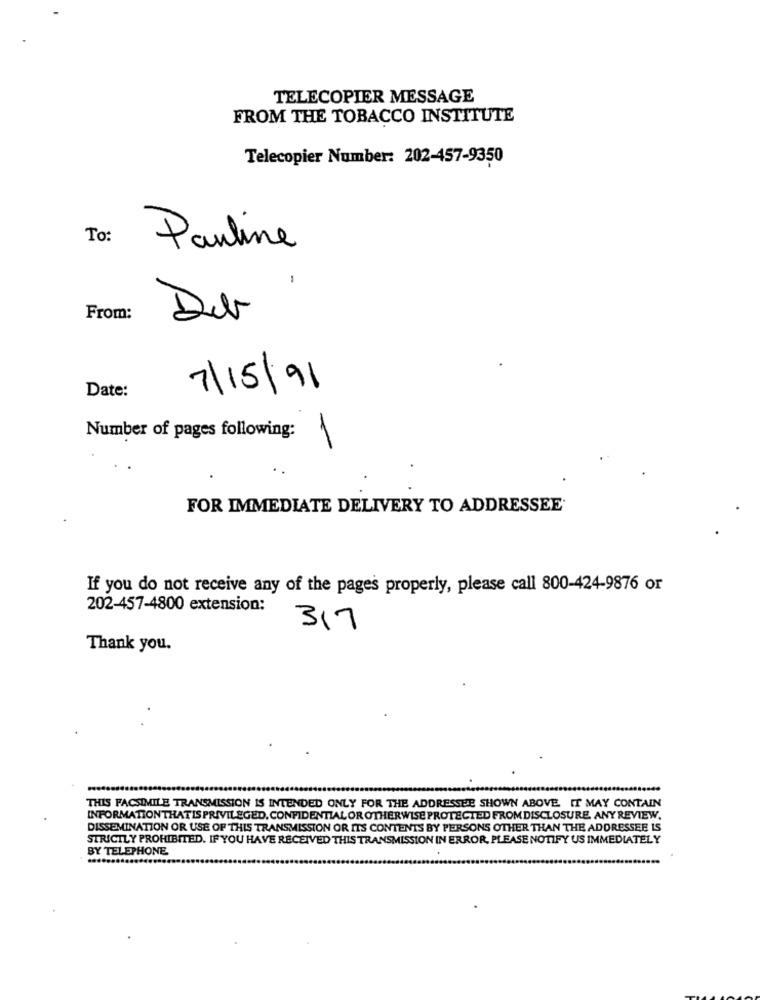
TELECOPIER MESSAGE
FROM THE TOBACCO INSTITUTE
Telecopier Number: 202-457-9350
To:
Pauline
-
From:
Deb
Date:
7/15/91
Number of pages following:
1
FOR IMMEDIATE DELIVERY TO ADDRESSEE
If you do not receive any of the pages properly, please call 800-424-9876 or
202-457-4800 extension:
317
Thank you.
THIS FACSIMILE TRANSMISSION IS INTENDED ONLY FOR THE ADDRESSEE SHOWN ABOVE. IT MAY CONTAIN
INFORMATIONTHATIS PRIVILEGED, CONFIDENTIAL OR OTHERWISE PROTECTED FROM DISCLOSURE. ANY REVIEW.
DISSEMINATION OR USE OF THIS TRANSMISSION OR ITS CONTENTS BY PERSONS OTHER THAN THE ADDRESSEE IS
STRICTLY PROHIBITED. IF YOU HAVE RECEIVED THIS TRANSMISSION IN ERROR, PLEASE NOTIFY US IMMEDIATELY
BY TELEPHONE